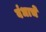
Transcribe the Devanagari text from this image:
बंधाचे